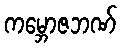
ကမ္ဘောဇဘဏ်